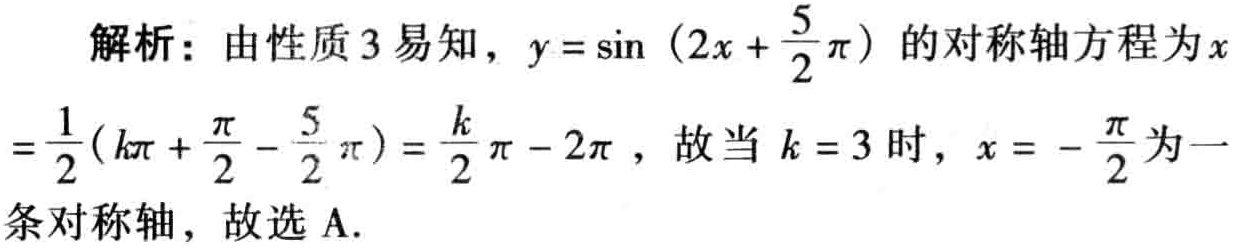
解析：由性质 3 易知，\(y = \sin(2x + \frac{5}{2}\pi)\)的对称轴方程为\(x=\frac{1}{2}(k\pi + \frac{\pi}{2} - \frac{5}{2}\pi)=\frac{k}{2}\pi - 2\pi\)，故当\(k = 3\)时，\(x = -\frac{\pi}{2}\)为一条对称轴，故选 A.